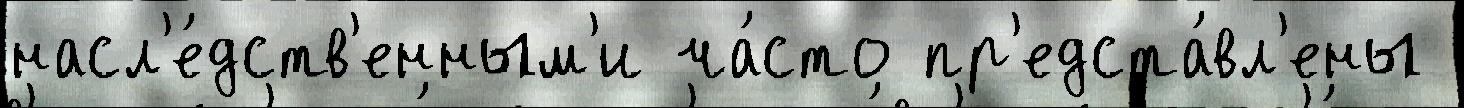
насл'е́дств'енным'и ча́сто пр'едста́вл'ены